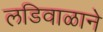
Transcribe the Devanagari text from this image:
लडिवाळाने